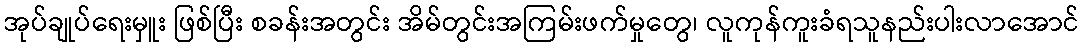
အုပ်ချုပ်ရေးမှူး ဖြစ်ပြီး စခန်းအတွင်း အိမ်တွင်းအကြမ်းဖက်မှုတွေ၊ လူကုန်ကူးခံရသူနည်းပါးလာအောင်